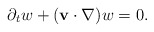
\begin{align*}\partial_t w+(\mathbf{v}\cdot \nabla)w=0.\end{align*}